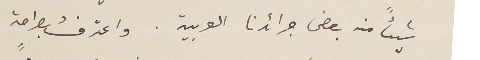
شيئاً منه بعض جرائدنا العربية. واعترفُ بصراحةٍ